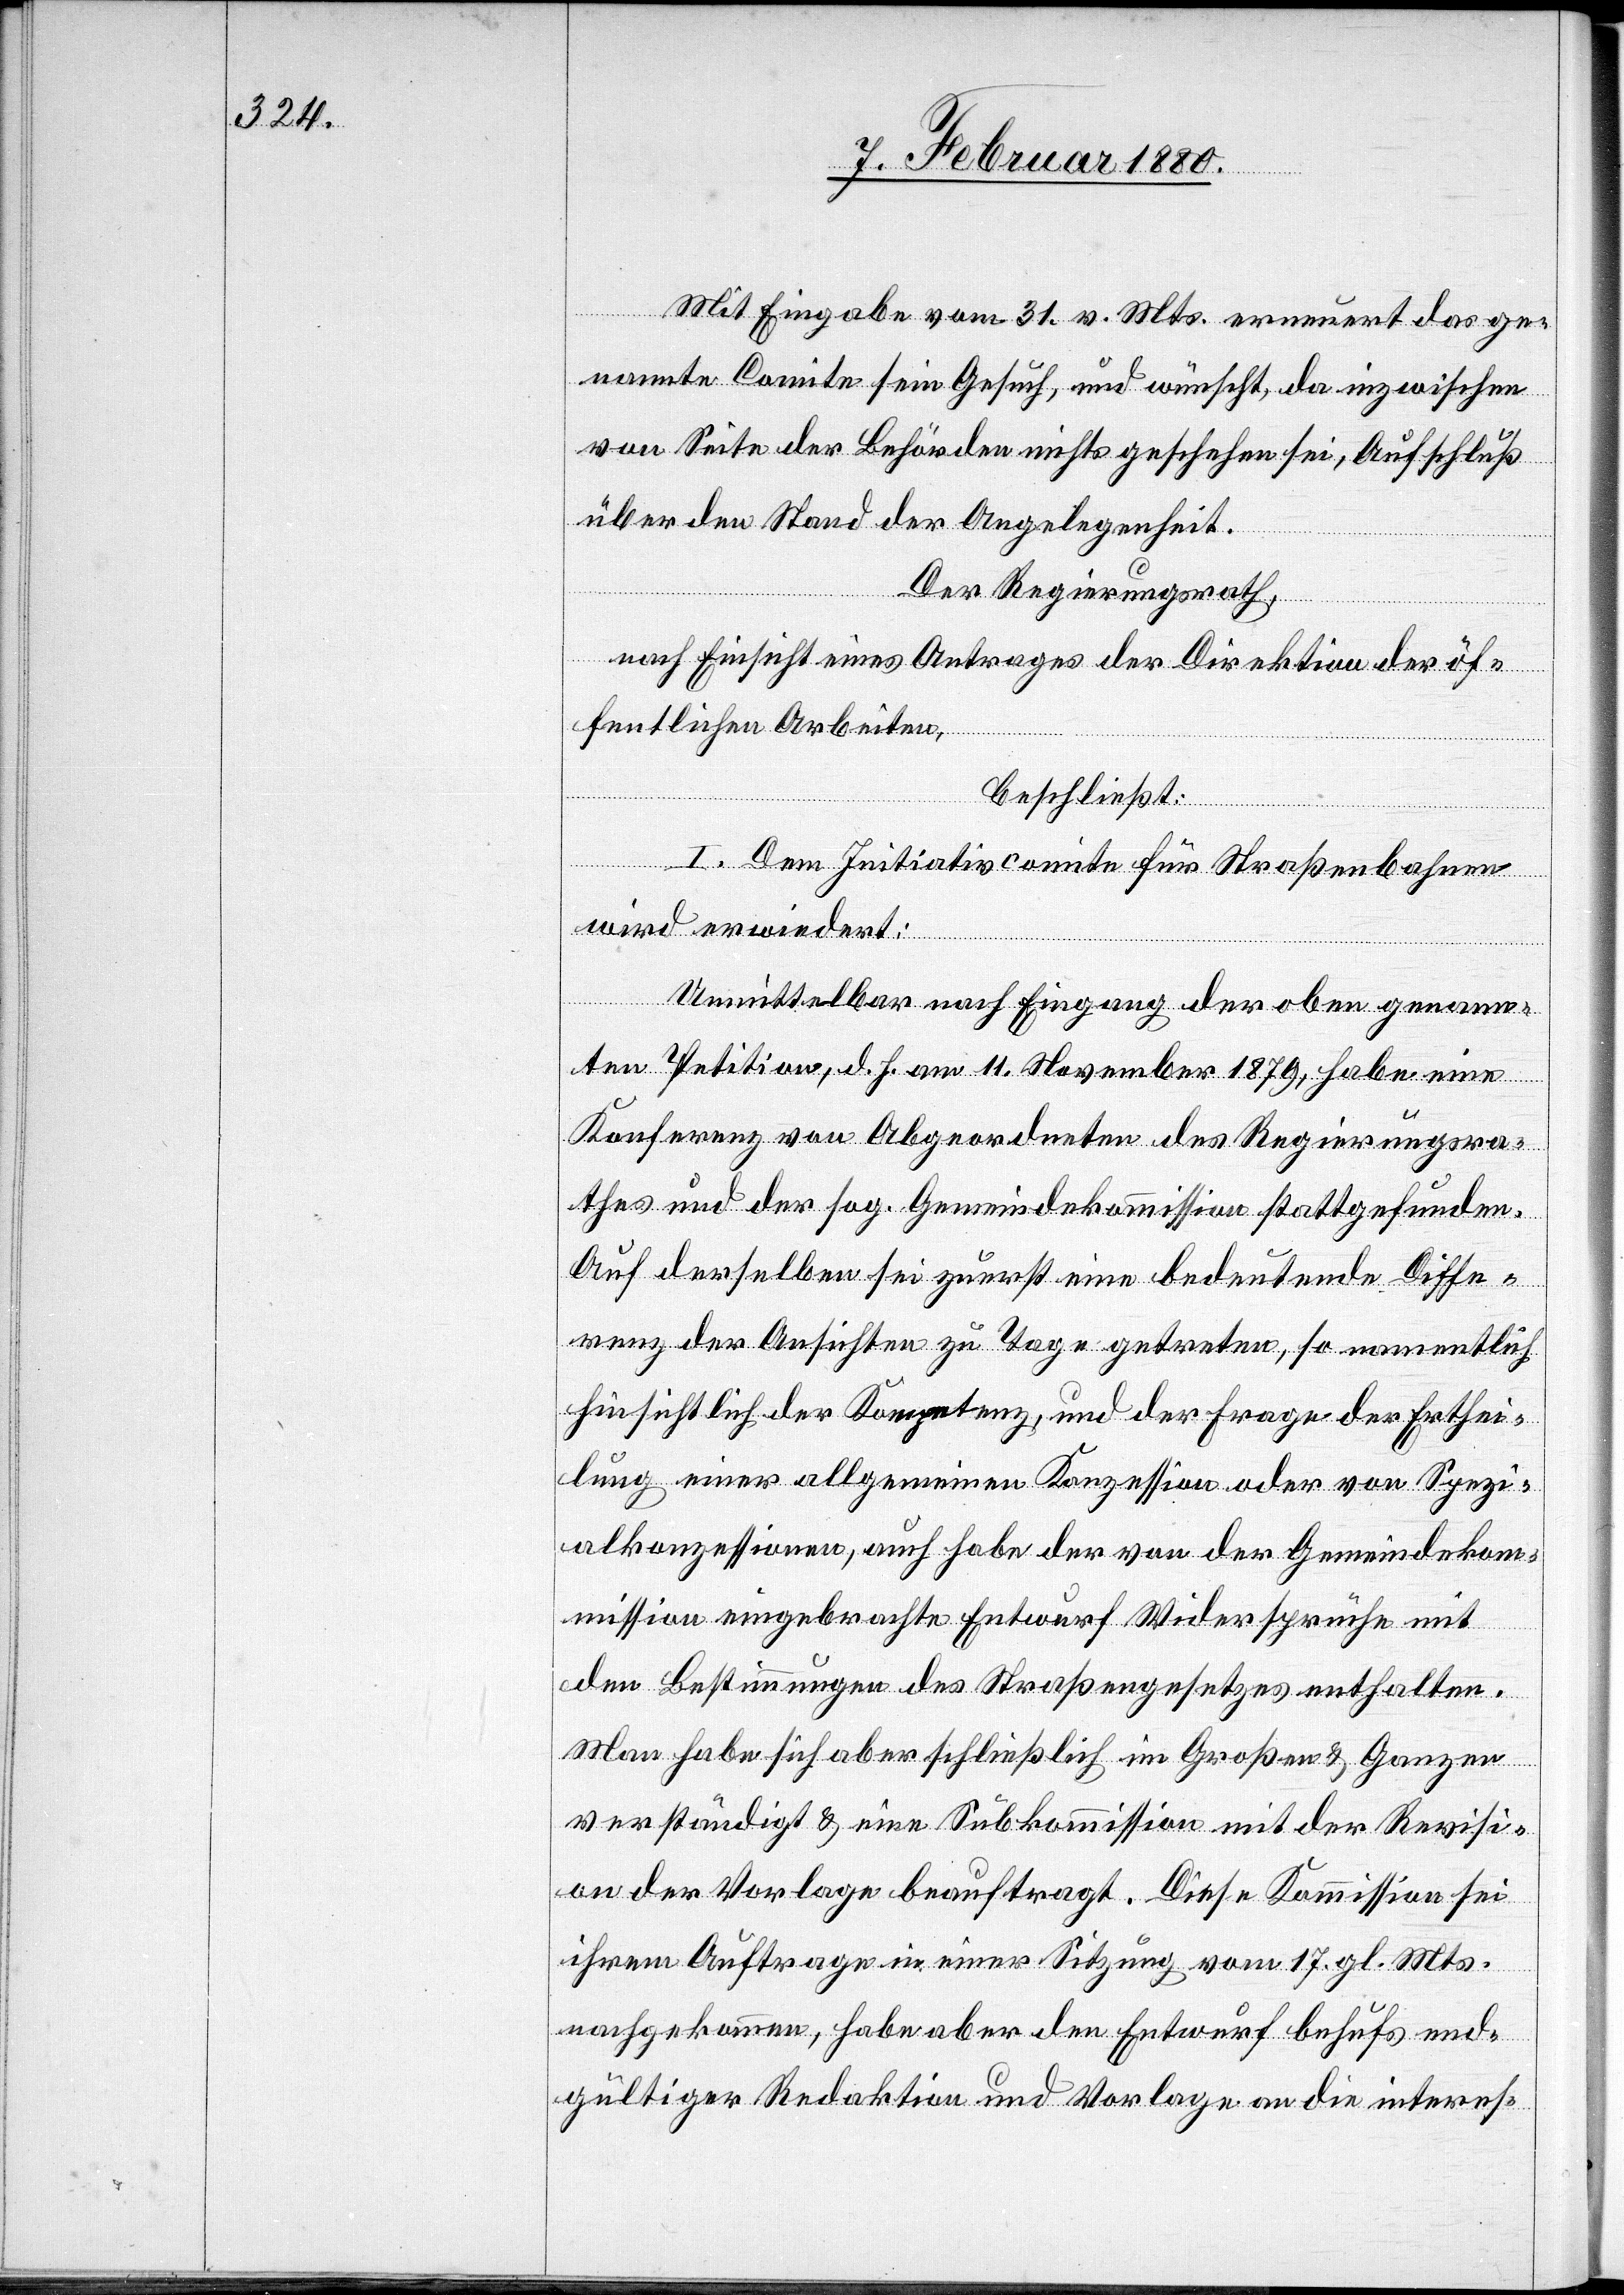
Mit Eingabe vom 31. v. Mts. erneuert das ge¬
nannte Comite sein Gesuch, und wünscht, da inzwischen
von Seite der Behörden nichts geschehen sei, Aufschluß
über den Stand der Angelegenheit.
Der Regierungsrath,
nach Einsicht eines Antrages der Direktion der öf¬
fentlichen Arbeiten,
beschließt:
I. Dem Initiativcomite für Straßenbahnen
wird erwiedert:
Unmittelbar nach Eingang der oben genann¬
ten Petition, d. h. am 11. November 1879, habe eine
Konferenz von Abgeordneten des Regierungsra¬
thes und der sog. Gemeindekommission stattgefunden.
Auf derselben sei zuerst eine bedeutende Diffe¬
renz der Ansichten zu Tage getreten, so namentlich
hinsichtlich der Kompetenz, und der Frage der Erthei¬
lung einer allgemeinen Konzession oder von Spezi¬
alkonzessionen, auch habe der von der Gemeindekom¬
mission eingebrachte Entwurf Widersprüche mit
den Bestimmungen des Straßengesetzes enthalten.
Man habe sich aber schließlich im Großen & Ganzen
verständigt & eine Subkommission mit der Revisi¬
on der Vorlage beauftragt. Diese Kommission sei
ihrem Auftrage in einer Sitzung vom 17. gl. Mts.
nachgekommen, habe aber den Entwurf behufs end¬
gültiger Redaktion und Vorlage an die interes-